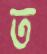
ত